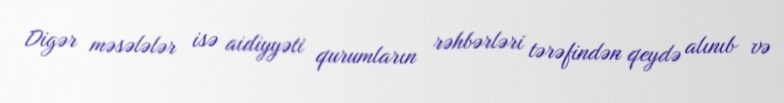
Digər məsələlər isə aidiyyəti qurumların rəhbərləri tərəfindən qeydə alınıb və